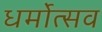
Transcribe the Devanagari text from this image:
धर्मोत्सव